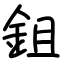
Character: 鉏